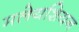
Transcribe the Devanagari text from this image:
मलेयशियन